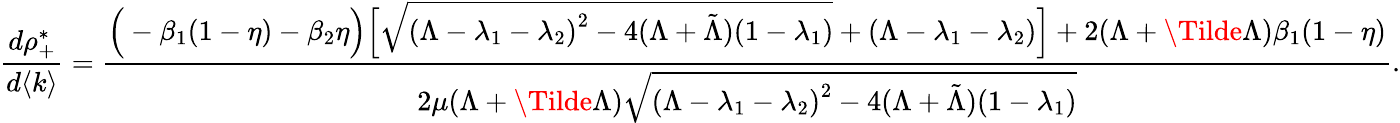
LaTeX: \frac{d\rho_{+}^{*}}{d\langle k\rangle}=\frac{\Big(-\beta_{1}(1-\eta)-\beta_{2}\eta\Big)\Big[\sqrt{{(\Lambda-\lambda_{1}-\lambda_{2})}^{2}-4(\Lambda+\tilde{\Lambda})(1-\lambda_{1})}+(\Lambda-\lambda_{1}-\lambda_{2})\Big]+2(\Lambda+\Tilde{\Lambda})\beta_{1}(1-\eta)}{2\mu(\Lambda+\Tilde{\Lambda})\sqrt{{(\Lambda-\lambda_{1}-\lambda_{2})}^{2}-4(\Lambda+\tilde{\Lambda})(1-\lambda_{1})}}.